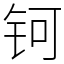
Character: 钶